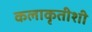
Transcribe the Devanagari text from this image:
कलाकृतीशी